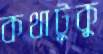
কথাটুকু